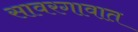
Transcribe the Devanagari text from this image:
सावरगावात